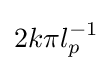
2k\pi l_{p}^{-1}